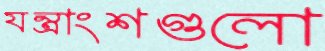
যন্ত্রাংশগুলো